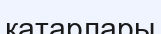
қатарлары